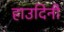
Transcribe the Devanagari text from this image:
हाउदिनी